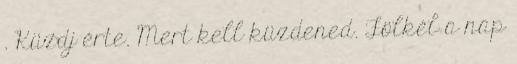
. Küzdj érte. Mert kell küzdened. Fölkél a nap